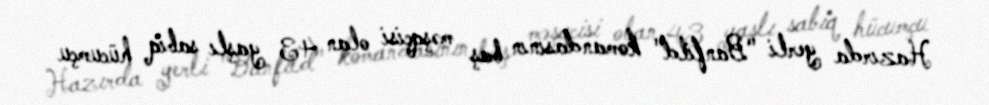
Hazırda yerli "Banfild" komandasının baş məşqçisi olan 43 yaşlı sabiq hücumçu